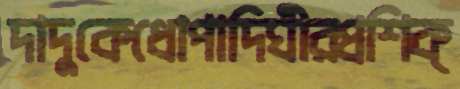
দাদুকেধোপাদিঘীরপ্রশিক্